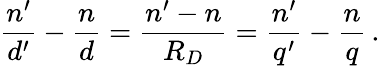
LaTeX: {\frac{n^{\prime}}{d^{\prime}}}-{\frac{n}{d}}={\frac{n^{\prime}-n}{R_{D}}}={\frac{n^{\prime}}{q^{\prime}}}-{\frac{n}{q}}\, .